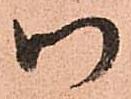
御